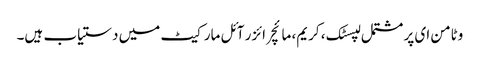
وٹامن ای پر مشتمل لپسٹک ، کریم، مائچر ائزر آئل مارکیٹ میں دستیاب ہیں۔